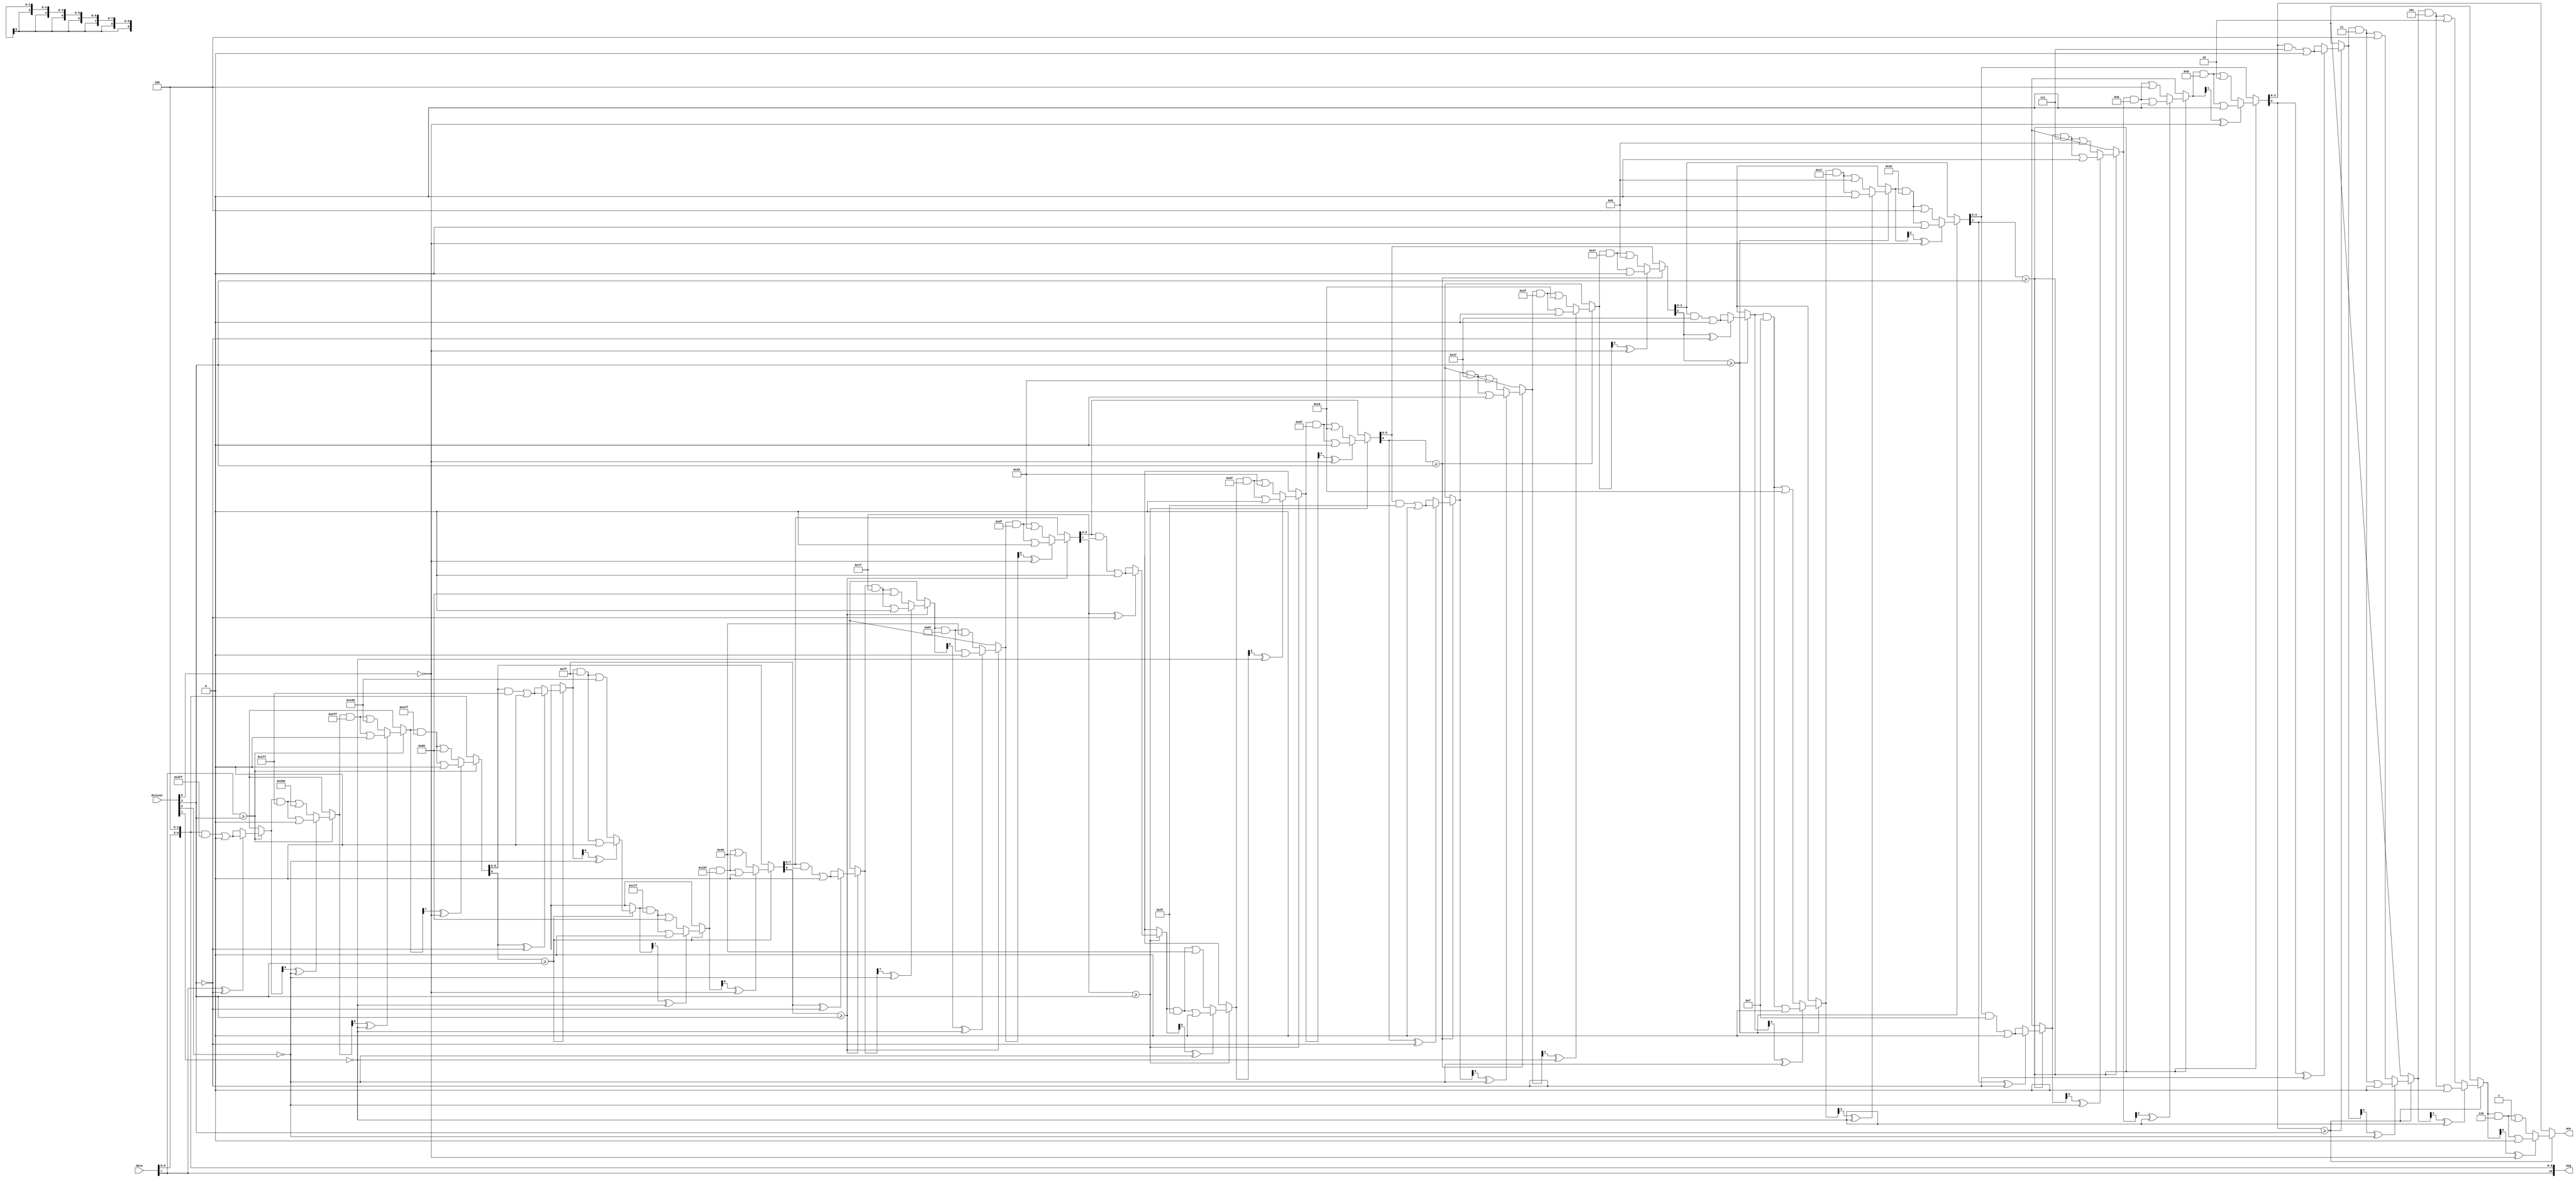
module crc_dec(data,divisor,ans,msg);
    
       input  [0:7] data;
     
       input [0:3] divisor; 

       output reg [0:10] msg;
       output reg [0:2] ans;
       reg [0:10] arr;
       integer i,j,k;
       always @(*)
       begin
            arr = {data,3'b100};
            msg = arr;
            for(i=0;i<8;i=i+1)
            begin
                j=0;
                k=i;
                if(arr[k] >= divisor[j])
                begin
                     k=i;
                      for(j=0;j<4;j=j+1)
                      begin
                           
                            
                            if(arr[k]^divisor[j] == 0)
                                arr[k]=0;
                            else
                                arr[k]=1;
                                k=k+1;
                            
                      end
                      
                end
            end
            j=8;
            for(i=0;i<3;i=i+1)
               begin

                  ans[i]=arr[j];
               j=j+1;
               end
             

       end
endmodule